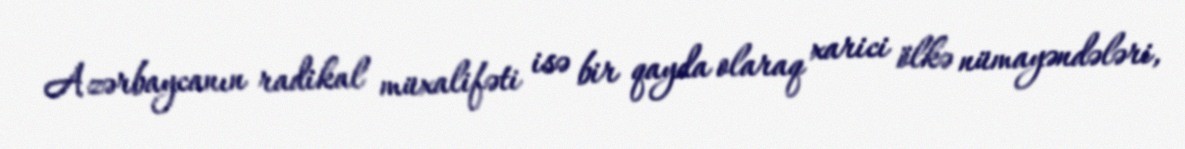
Azərbaycanın radikal müxalifəti isə bir qayda olaraq xarici ölkə nümayəndələri,